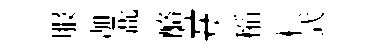
服迦燕酪#稲核式